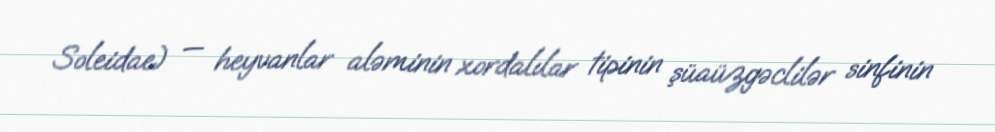
Soleidae) — heyvanlar aləminin xordalılar tipinin şüaüzgəclilər sinfinin